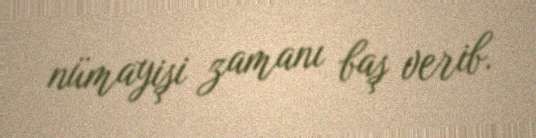
nümayişi zamanı baş verib.